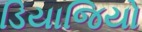
ડિયાજિયો